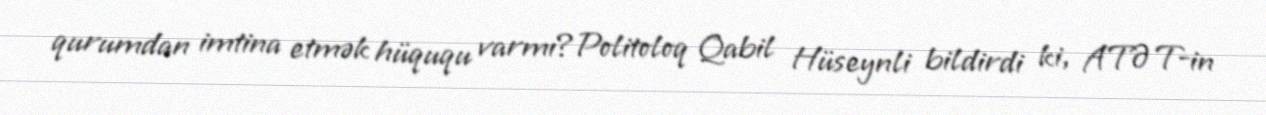
qurumdan imtina etmək hüququ varmı?Politoloq Qabil Hüseynli bildirdi ki, ATƏT-in